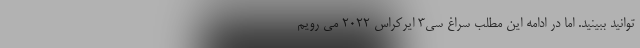
توانید ببینید. اما در ادامه این مطلب سراغ سی3 ایرکراس 2022 می رویم